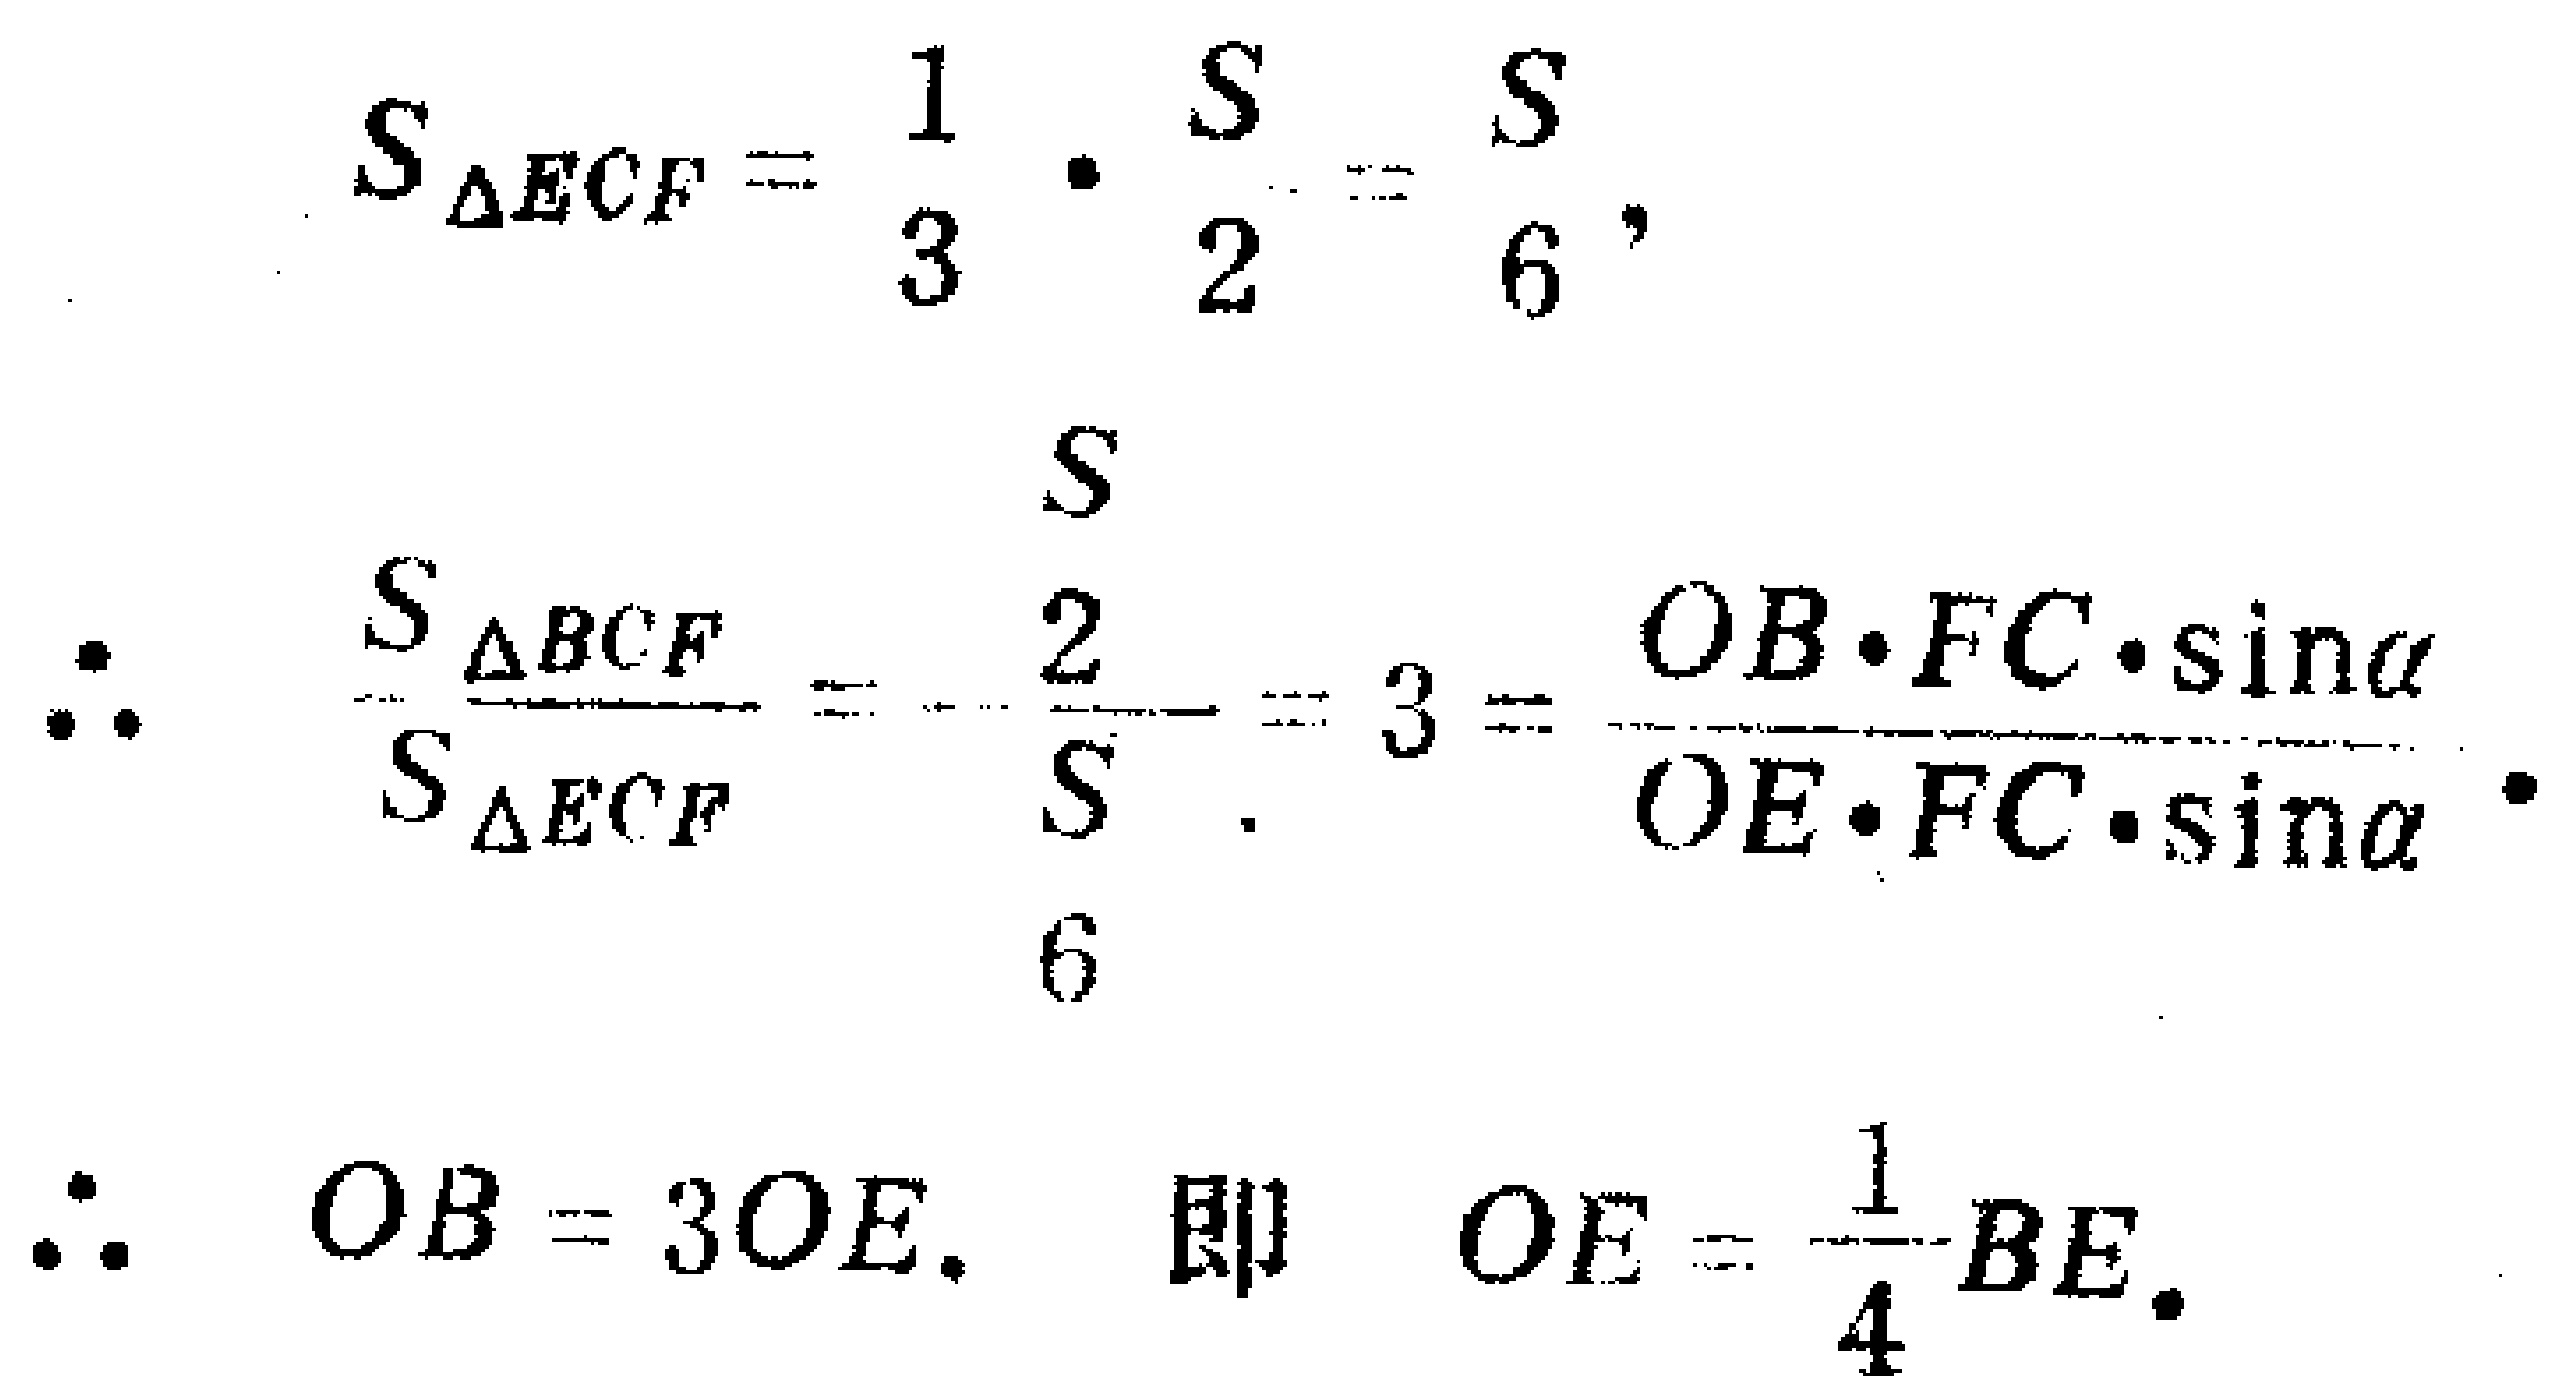
\[

\begin{align*}

S_{\triangle ECF}&=\frac{1}{3}\cdot\frac{S}{2}=\frac{S}{6},\\

\therefore\frac{S_{\triangle BCF}}{S_{\triangle ECF}}&=\frac{\frac{S}{2}}{\frac{S}{6}} = 3=\frac{OB\cdot FC\cdot\sin\alpha}{OE\cdot FC\cdot\sin\alpha}.\\

\therefore OB&=3OE,\text{ 即 }OE = \frac{1}{4}BE.

\end{align*}

\]